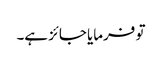
تو فرمایا جائز ہے۔